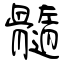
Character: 髓